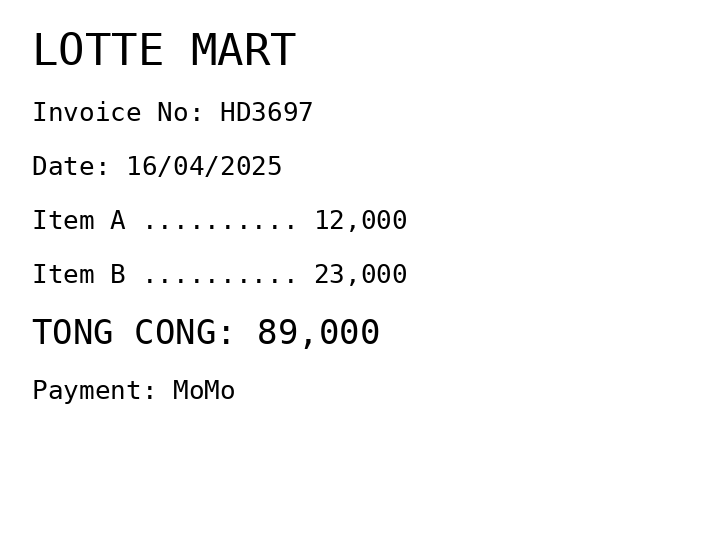
LOTTE MART
Invoice No: HD3697
Date: 16/04/2025
Item A .......... 12,000
Item B .......... 23,000
TONG CONG: 89,000
Payment: MoMo
Merchant: lotte mart
Date: 2025-04-16
Total: 89000
Invoice No: HD3697
Payment method: MOMO